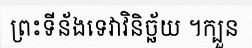
ព្រះទីន័ងទេវាវិនិច្ឆ័យ ។ក្បួន